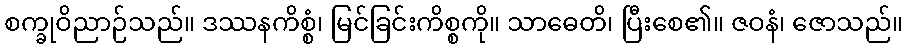
စက္ခုဝိညာဉ်သည်။ ဒဿနကိစ္စံ၊ မြင်ခြင်းကိစ္စကို။ သာဓေတိ၊ ပြီးစေ၏။ ဇဝနံ၊ ဇောသည်။